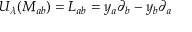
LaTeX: U _ { \lambda } ( M _ { a b } ) = L _ { a b } = y _ { a } \partial _ { b } - y _ { b } \partial _ { a }